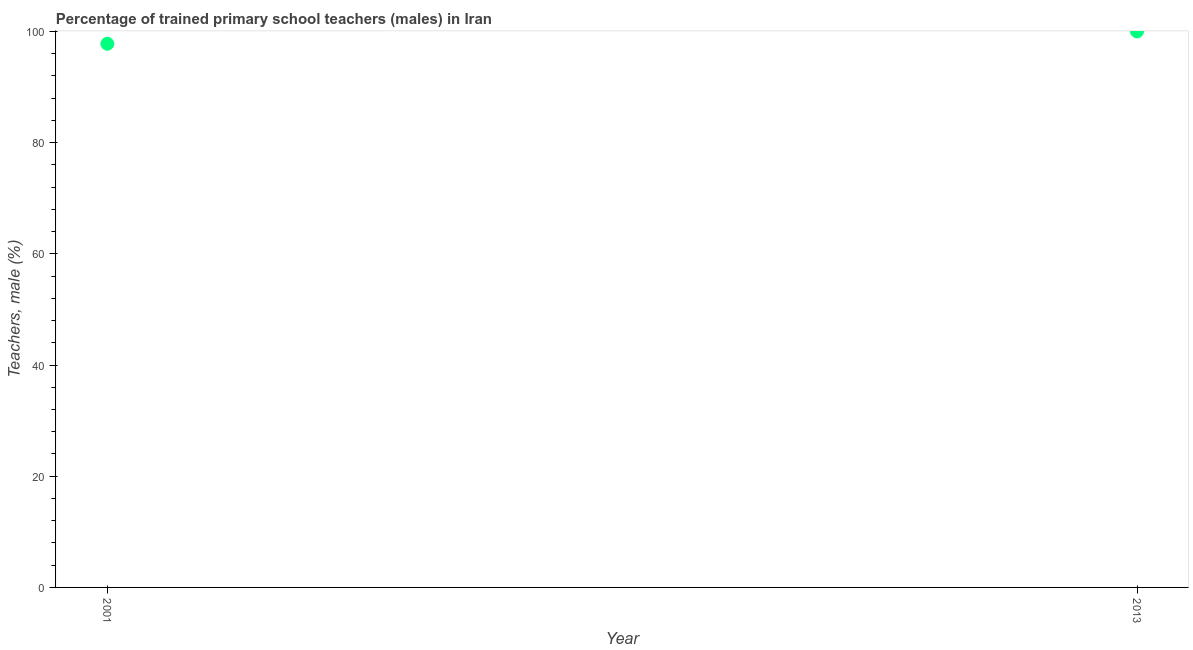
| Year | Trained teachers male |
 | --- | --- |
 | 2001 | 97.8 |
 | 2013 | 100 |